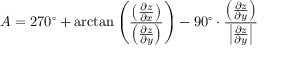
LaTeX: A = 2 7 0 ^ { \circ } + \arctan \left( { \frac { \left( { \frac { \partial z } { \partial x } } \right) } { \left( { \frac { \partial z } { \partial y } } \right) } } \right) - 9 0 ^ { \circ } \cdot { \frac { \left( { \frac { \partial z } { \partial y } } \right) } { \left| { \frac { \partial z } { \partial y } } \right| } }